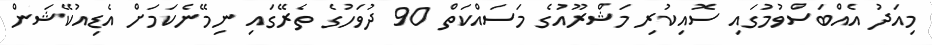
މިއަދު އެއްބަސްވުމުގައި ސޮއިކުރި މަޝްރޫއުގެ މަސައްކަތް 90 ދުވަހުގެ ތެރޭގައި ނިމޭނެކަމަށް އެޑިއުކޭޝަން